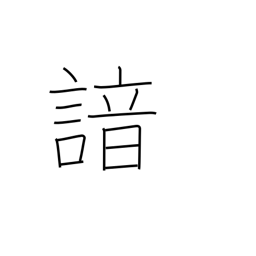
Meaning: recite from memory